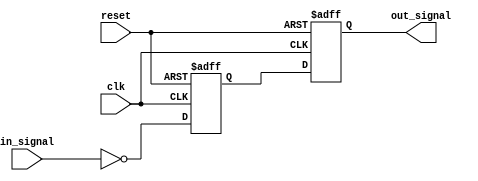
module Timing_Control_Synchronization (
    input wire clk,
    input wire reset,
    input wire in_signal,
    output wire out_signal
);

reg inverter_delay;

// Inverter Delay
always @(posedge clk or negedge reset) begin
    if (reset == 0) begin
        inverter_delay <= 1'b0;
    end else begin
        inverter_delay <= ~in_signal;
    end
end

// Synchronization and timing control
always @(posedge clk or negedge reset) begin
    if (reset == 0) begin
        out_signal <= 1'b0;
    end else begin
        out_signal <= inverter_delay;
    end
end

endmodule